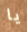
يا